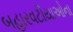
બહારવટીયાઓના